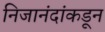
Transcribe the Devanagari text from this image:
निजानंदांकडून